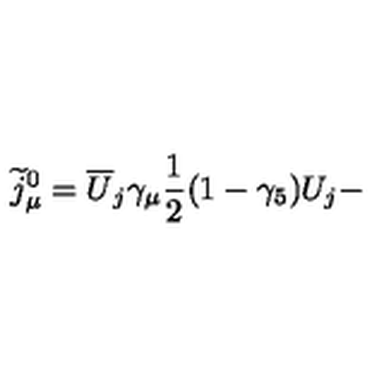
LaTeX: \widetilde { j } _ { \mu } ^ { 0 } = \overline { { U } } _ { j } \gamma _ { \mu } \frac 1 2 ( 1 - \gamma _ { 5 } ) U _ { j } -